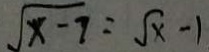
\sqrt { x - 7 } = \sqrt { x } - 1